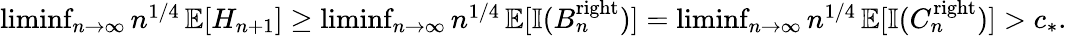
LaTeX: \begin{array}{r}{\operatorname*{liminf}_{n\rightarrow\infty}n^{1/4}\operatorname{\mathbb{E}}[H_{n+1}]\geq\operatorname*{liminf}_{n\rightarrow\infty}n^{1/4}\operatorname{\mathbb{E}}[\mathbb{I}(B_{n}^{\mathrm{right}})]=\operatorname*{liminf}_{n\rightarrow\infty}n^{1/4}\operatorname{\mathbb{E}}[\mathbb{I}(C_{n}^{\mathrm{right}})]>c_{*}.}\end{array}